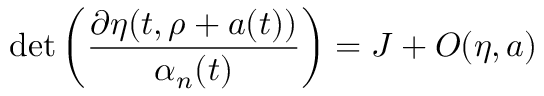
\operatorname * { d e t } \left( \frac { \partial \eta ( t , \rho + a ( t ) ) } { \alpha _ { n } ( t ) } \right) = J + { \cal O } ( \eta , a )